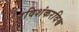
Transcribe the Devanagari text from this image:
रविशंकरविश्व